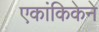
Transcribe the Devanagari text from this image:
एकांकिकेने